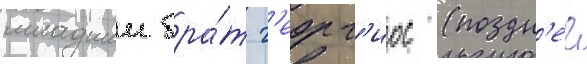
младшии бра́т г'еорг'иос (поздн'ее